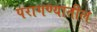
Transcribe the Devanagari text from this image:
परागण्यातील